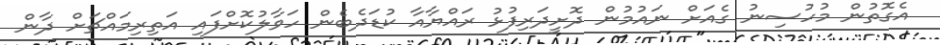
އެގޮތުން މުހުސިނު ގެއަށް ނައުމުން ދޮށީދަރިފުޅު ރައްޔާއާ ކުޑަދެބެން ހަވާލުކޮށްފައި އަތިރިމައްޗަށް ދާން